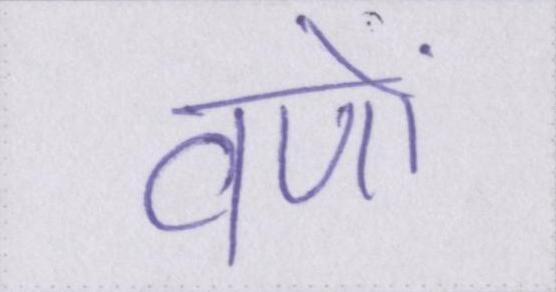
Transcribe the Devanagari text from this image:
वणों